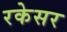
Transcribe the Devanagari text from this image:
रकेसर